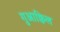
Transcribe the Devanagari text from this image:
गुआक्विल